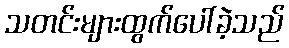
သတင်းများထွက်ပေါ်ခဲ့သည်